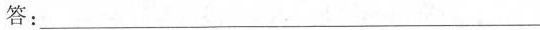
答：___